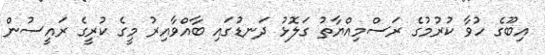
އިބޫގެ ހުވާ ކުރުމުގެ ރަސްމިއްޔާތު ގަލޮޅު ދަނޑުގައި ބާއްވާއިރު މީގެ ކުރީގެ ރައީސުން